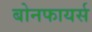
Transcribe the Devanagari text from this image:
बोनफायर्स